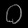
Digit: ၀